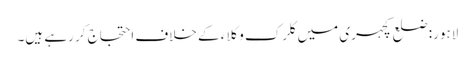
لاہور: ضلع کچہری میں کلرک وکلاء کے خلاف احتجاج کر رہے ہیں۔